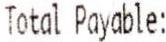
TOTAL PAYABLE: